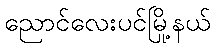
ညောင်လေးပင်မြို့နယ်